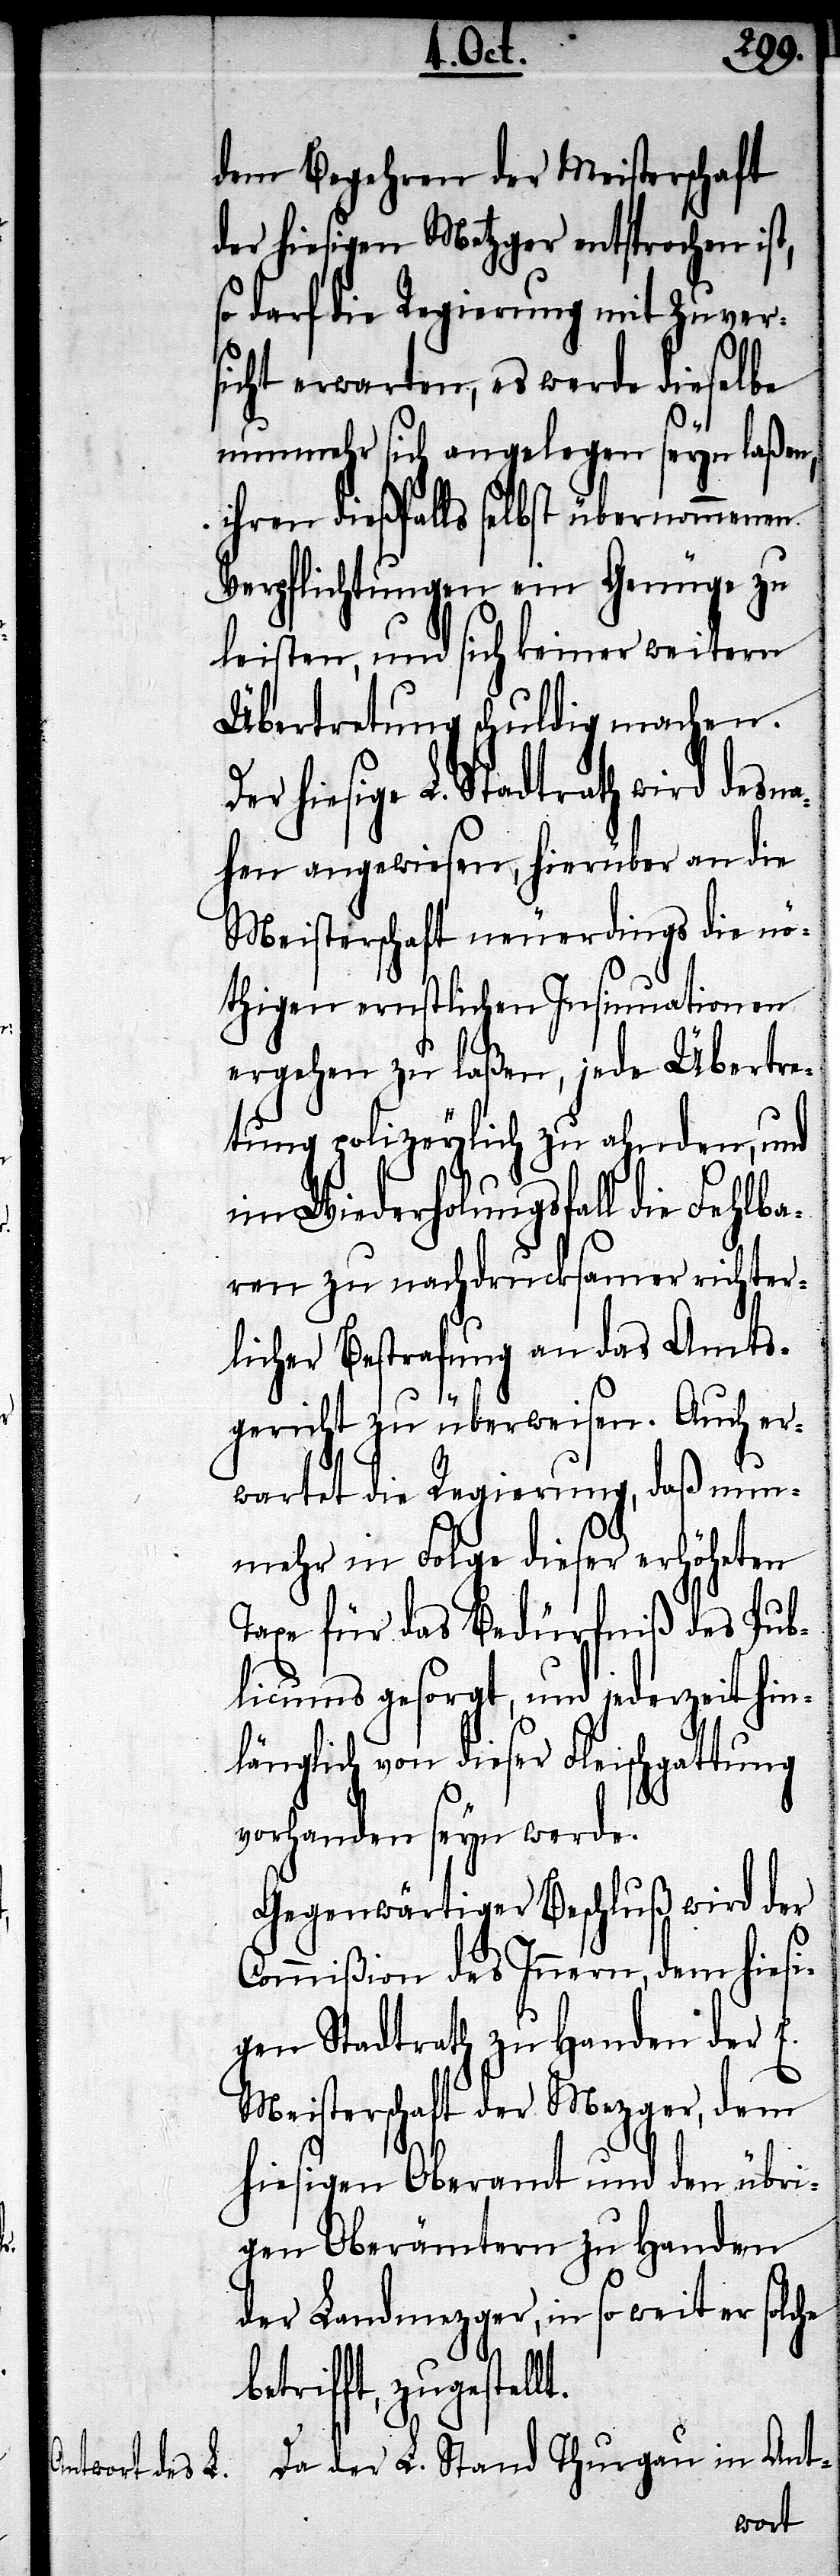
dem Begehren der Meisterschaft
der hiesigen Metzger entsprochen ist,
so darf die Regierung mit Zuvers¬
icht erwarten, es werde dieselbe
nunmehr sich angelegen seyn laßen,
ihren dießfalls selbst übernommenen
Verpflichtungen ein Genüge zu
leisten, und sich keiner weitern
Übertretung schuldig machen.
hiesige L. Stadtrath wird desna¬
hen angewiesen, hierüber an die
Meisterschaft neuerdings die nö¬
thigen ernstlichen Insinuationen
ergehen zu laßen, jede Übertre¬
tung polizeylich zu ahnden, und
im Wiederholungsfall die Fehlb¬
aren zu nachdrucksamer richter¬
licher Bestrafung an das Amts¬
gericht zu überweisen. Auch er¬
wartet die Regierung, daß nun¬
mehr in Folge dieser erhöheten
Taxe für das Bedürfniß des Pub¬
licums gesorgt, und jederzeit hin¬
länglich von dieser Fleischgattung
vorhanden seyn werde.
Gegenwärtiger Beschluß wird der
Commißion des Innern, dem hiesi¬
gen Stadtrath zu Handen d¬
er Landmezger, in so weit er solche
Da der L. Stand Thurgau in Ant-